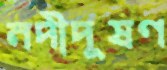
নদীদূষণ